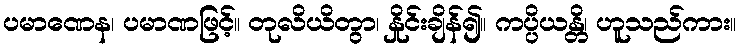
ပမာဏေန၊ ပမာဏဖြင့်။ တုလိယိတွာ၊ နှိုင်းချိန်၍။ ကပ္ပိယန္တိ၊ ဟူသည်ကား။